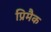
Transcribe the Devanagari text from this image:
प्रिमैक